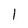
Character: 1